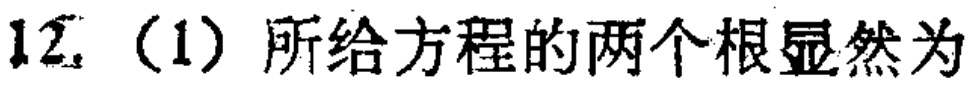
12.（1）所给方程的两个根显然为